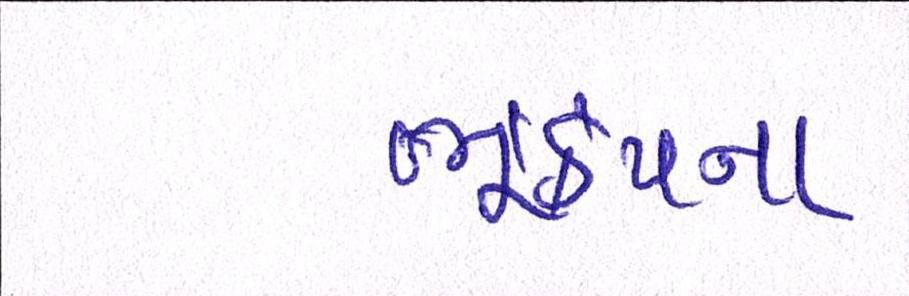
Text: ભૂકંપના